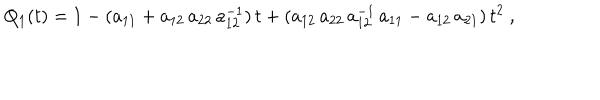
Q _ { 1 } ( t ) = 1 - ( a _ { 1 1 } + a _ { 1 2 } \, a _ { 2 2 } \, a _ { 1 2 } ^ { - 1 } ) \, t + ( a _ { 1 2 } \, a _ { 2 2 } \, a _ { 1 2 } ^ { - 1 } \, a _ { 1 1 } - a _ { 1 2 } \, a _ { 2 1 } ) \, t ^ { 2 } \ ,